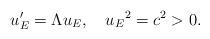
LaTeX: \begin{align*}u_E'=\Lambda u_E,\quad {u_E}^2=c^2>0. \end{align*}